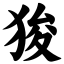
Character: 狻